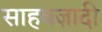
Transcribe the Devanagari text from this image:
साहबज़ादी